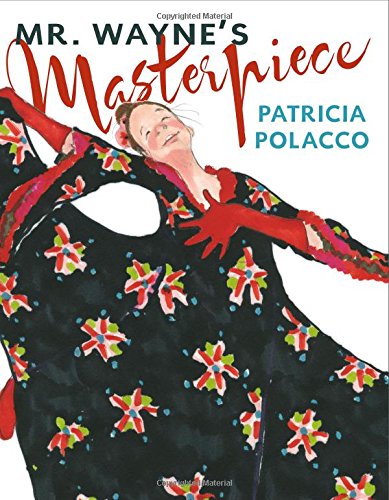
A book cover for Mr. Wayne's Masterpiece; Patricia Polacco; Children's Books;